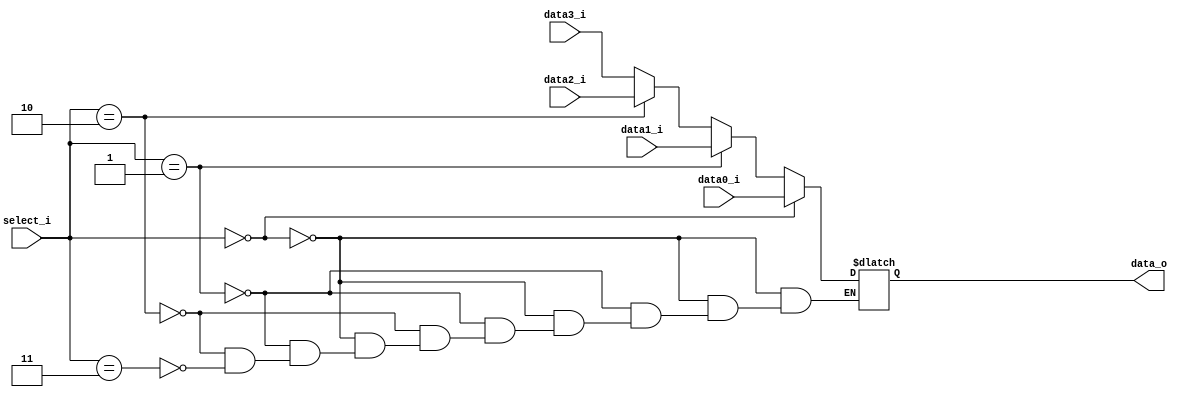

module MUX_4to1(
    data0_i,
    data1_i,
    data2_i,
    data3_i,
    select_i,
    data_o
    );

parameter size = 0;

//I/O ports
input   [size-1:0] data0_i;
input   [size-1:0] data1_i;
input   [size-1:0] data2_i;
input   [size-1:0] data3_i;

input   [2:1]      select_i;
output  [size-1:0] data_o;

//Internal Signals
reg     [size-1:0] data_o;

always @(*) begin
	if(select_i==2'b00)begin
		data_o=data0_i;
	end else if(select_i==2'b01)begin
		data_o=data1_i;
	end else if(select_i==2'b10)begin
		data_o=data2_i;
	end else if(select_i==2'b11)begin
		data_o=data3_i;
	end
end

endmodule